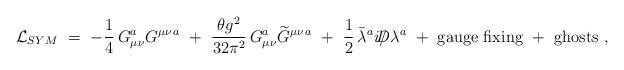
LaTeX: \begin{align*} {\cal L}_{SYM} \ =\ -{1\over 4}\, G_{\mu\nu}^a G^{\mu\nu \, a} \ +\ {\theta g^2 \over 32 \pi^2}\, G_{\mu\nu}^a \widetilde G^{\mu\nu \, a} \ +\ {1\over 2}\, \bar\lambda^a i \slash \!\!\!\! D \lambda^a \ +\ {\rm gauge\ fixing\ +\ ghosts\ ,}\end{align*}